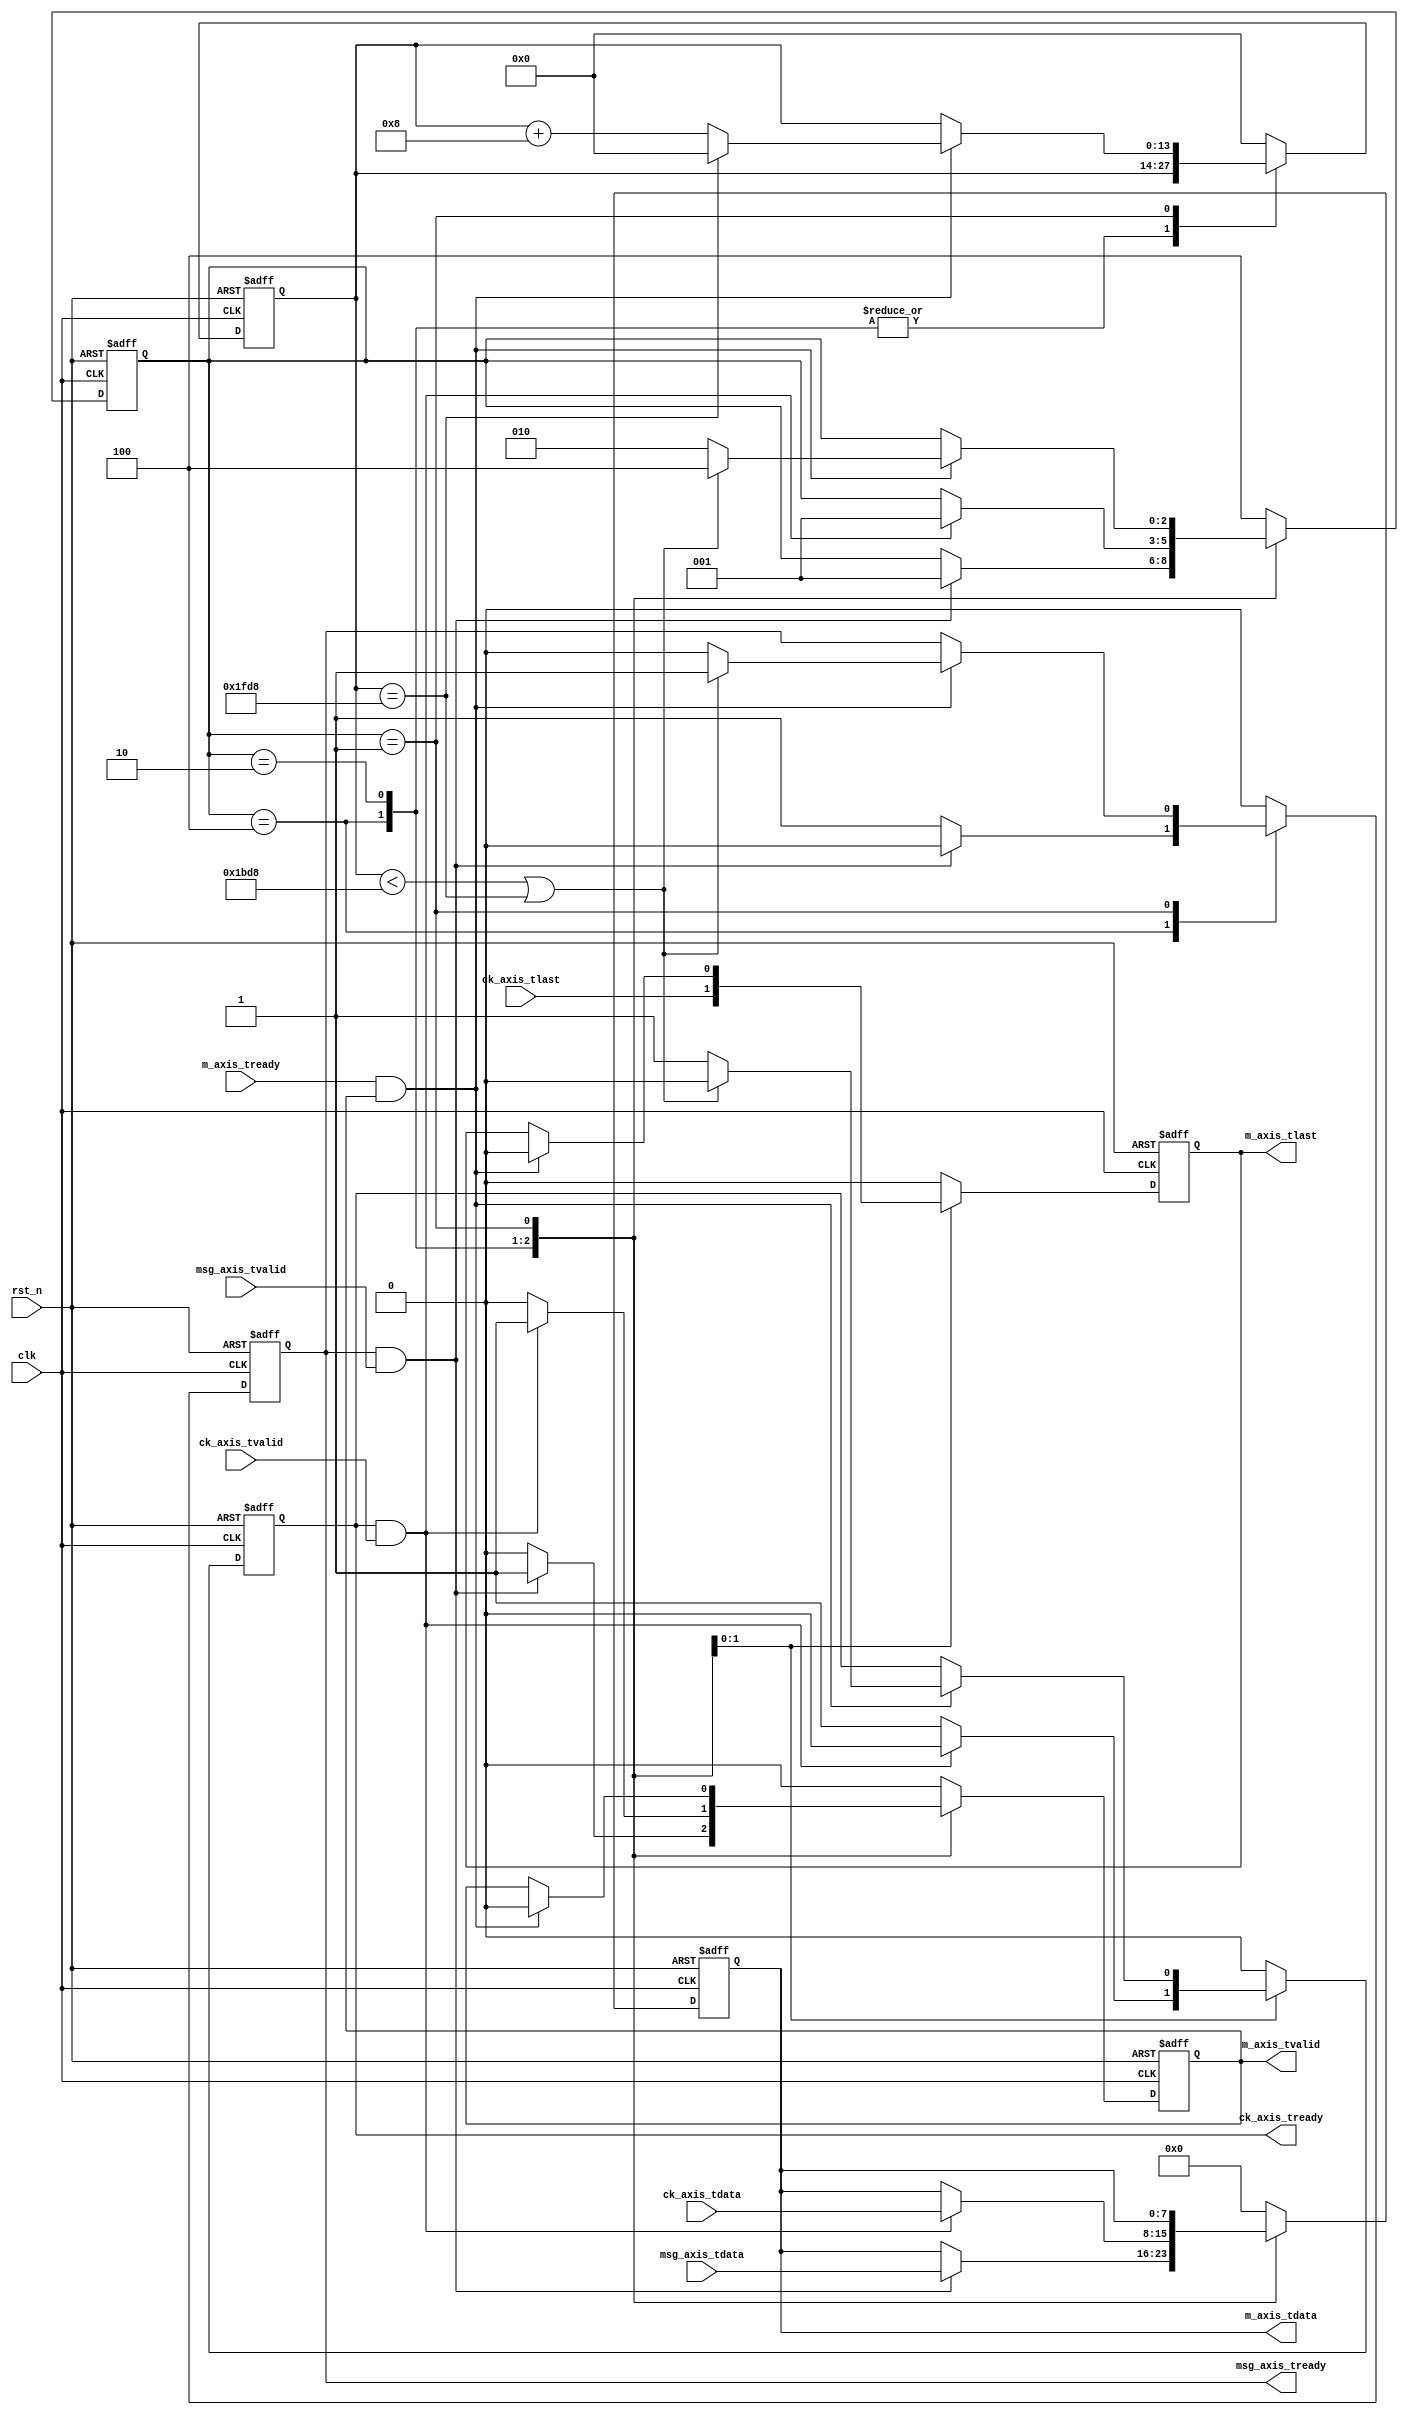
module virtual_remove (clk,rst_n,msg_axis_tdata,msg_axis_tvalid,msg_axis_tready,ck_axis_tdata,ck_axis_tvalid,ck_axis_tlast,ck_axis_tready,m_axis_tdata,m_axis_tvalid,m_axis_tlast,m_axis_tready);
/*************************************************/
parameter width=8; /*/,816*/
/************************************************************/
input clk;                             /**/
input rst_n;                           /**/

input [width-1:0] msg_axis_tdata;      /**/
input msg_axis_tvalid;                 /*,*/
output reg msg_axis_tready;            /*,*/
input [width-1:0] ck_axis_tdata;       /**/
input ck_axis_tvalid;                  /*,*/
input ck_axis_tlast;                   /**/
output reg ck_axis_tready;             /*,*/

output reg [width-1:0] m_axis_tdata;   /**/
output reg m_axis_tvalid;              /*,*/
output reg m_axis_tlast;               /*LDPC*/
input m_axis_tready;                   /*,*/



/*************************************************/
localparam STATE_msg_in=3'b100;    /**/
localparam STATE_ck_in=3'b010;     /**/
localparam STATE_data_out=3'b001;  /**/

reg [2:0] state;                   /**/
reg [$clog2(8160):0] out_cnt;      /**/

always@(posedge clk or negedge rst_n)
begin
  if(!rst_n)
    begin
      out_cnt<=0;
      msg_axis_tready<=0;
      ck_axis_tready<=0;
      m_axis_tdata<=0;
      m_axis_tvalid<=0;
      m_axis_tlast<=0;
      state<=STATE_msg_in;
    end
  else
    begin
      case(state)
        STATE_msg_in : begin
                         out_cnt<=out_cnt;
                         ck_axis_tready<=0;
                         m_axis_tlast<=0;
                         if(msg_axis_tready&&msg_axis_tvalid)
                           begin
                             msg_axis_tready<=0;
                             m_axis_tdata<=msg_axis_tdata;
                             m_axis_tvalid<=1;
                             state<=STATE_data_out;
                           end
                         else
                           begin
                             msg_axis_tready<=1;
                             m_axis_tdata<=m_axis_tdata;
                             m_axis_tvalid<=0;
                             state<=state;
                           end
                       end

        STATE_ck_in : begin
                        out_cnt<=out_cnt;
                        msg_axis_tready<=0;
                        m_axis_tlast<=ck_axis_tlast;
                        if(ck_axis_tready&&ck_axis_tvalid)
                          begin
                            ck_axis_tready<=0;
                            m_axis_tdata<=ck_axis_tdata;
                            m_axis_tvalid<=1;
                            state<=STATE_data_out;
                          end
                        else
                          begin
                            ck_axis_tready<=1;
                            m_axis_tdata<=m_axis_tdata;
                            m_axis_tvalid<=0;
                            state<=state;
                          end
                      end

        STATE_data_out : begin
                           if(m_axis_tready&&m_axis_tvalid)
                             begin
                               m_axis_tdata<=m_axis_tdata;
                               m_axis_tvalid<=0;
                               m_axis_tlast<=0;
                               if(out_cnt==8160-width)
                                 out_cnt<=0;
                               else
                                 out_cnt<=out_cnt+width;
                               if(out_cnt<7136-width || out_cnt==8160-width) /**/
                                 begin
                                   msg_axis_tready<=1;
                                   ck_axis_tready<=0;
                                   state<=STATE_msg_in;
                                 end
                               else /**/
                                 begin
                                   msg_axis_tready<=0;
                                   ck_axis_tready<=1;
                                   state<=STATE_ck_in;
                                 end
                             end
                           else
                             begin
                               out_cnt<=out_cnt;
                               msg_axis_tready<=msg_axis_tready;
                               ck_axis_tready<=ck_axis_tready;
                               m_axis_tdata<=m_axis_tdata;
                               m_axis_tvalid<=m_axis_tvalid;
                               m_axis_tlast<=m_axis_tlast;
                               state<=state;
                             end
                         end

        default : begin
                    out_cnt<=0;
                    msg_axis_tready<=0;
                    ck_axis_tready<=0;
                    m_axis_tdata<=0;
                    m_axis_tvalid<=0;
                    m_axis_tlast<=0;
                    state<=STATE_msg_in;
                  end
      endcase
    end
end
/************************************************************/

endmodule